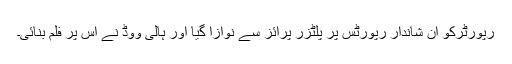
رپورٹرکو ان شاندار رپورٹس پر پلٹزر پرائز سے نوازا گیا اور ہالی ووڈ نے اس پر فلم بنائی۔